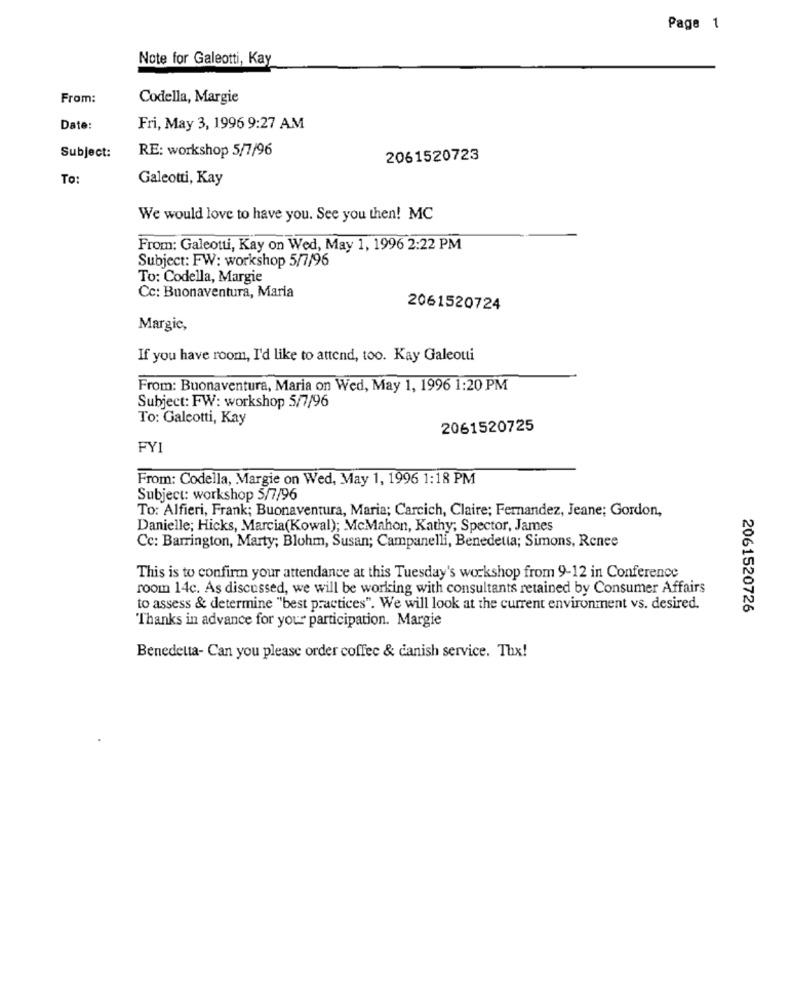
Page 1
Note for Galeotti, Kay
From:
Codella, Margie
Date:
Fri, May 3, 1996 9:27 AM
RE: workshop 5/7/96
Subject:
2061520723
To:
Galeotti, Kay
We would love to have you. See you then! MC
From: Galeotti, Kay on Wed, May 1, 1996 2:22 PM
Subject: FW: workshop 5/7/96
To: Codella, Margie
Cc: Buonaventura, Maria
2061520724
Margic,
If you have room, I'd like to attend, too. Kay Galeotti
From: Buonaventura, Maria on Wed, May 1, 1996 1:20 PM
Subject: FW: workshop 5/7/96
To: Galeotti, Kay
2061520725
FYI
From: Codella, Margie on Wed, May 1, 1996 1:18 PM
Subject: workshop 5/7/96
To: Alfieri, Frank; Buonaventura, Maria; Carcich, Claire; Fernandez, Jeane; Gordon,
Danielle; Hicks, Marcia(Kowal); McMahon, Kathy; Spector, James
Cc: Barrington, Marty; Blohm, Susan; Campanelli, Benedetta; Simons, Renee
This is to confirm your attendance at this Tuesday's workshop from 9-12 in Conference
room 14c. As discussed, we will be working with consultants retained by Consumer Affairs
to assess & determine "best practices". We will look at the current environment vs. desired.
2061520726
Thanks in advance for your participation. Margie
Benedetta- Can you please order coffee & danish service. Thx!